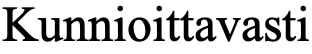
Kunnioittavasti